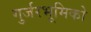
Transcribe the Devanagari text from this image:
गुर्जरभूमिको